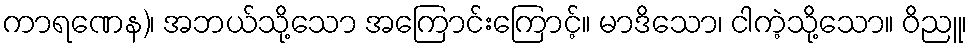
ကာရဏေန)၊ အဘယ်သို့သော အကြောင်းကြောင့်။ မာဒိသော၊ ငါကဲ့သို့သော။ ဝိညူ၊